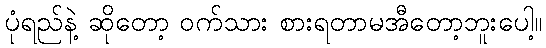
ပုံရည်နဲ့ ဆိုတော့ ဝက်သား စားရတာမအီတော့ဘူးပေါ့။